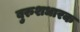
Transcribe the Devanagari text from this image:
बुरुशधारक